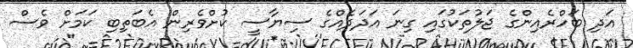
އަދި ބަހްރެއިންގެ ޖަލުތަކުގައި ގިނަ އަދަދެއްގެ ސިޔާސީ ކުށްވެރިން އެބަތިބި ކަމަށް ވެސް